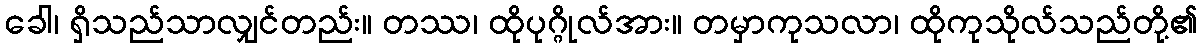
ခေါ၊ ရှိသည်သာလျှင်တည်း။ တဿ၊ ထိုပုဂ္ဂိုလ်အား။ တမှာကုသလာ၊ ထိုကုသိုလ်သည်တို့၏